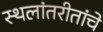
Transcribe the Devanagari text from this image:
स्थलांतरीतांचे